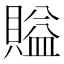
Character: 賹